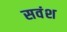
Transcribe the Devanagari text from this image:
सवंश